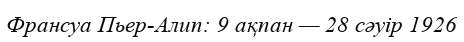
Франсуа Пьер-Алип: 9 ақпан — 28 сәуір 1926